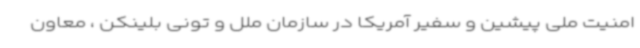
امنیت ملی پیشین و سفیر آمریکا در سازمان ملل و تونی بلینکن ، معاون